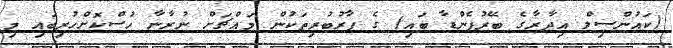
(ކައުންސިލް އިދާރާގެ ބޭރުފެންޑާ ބައި) ގެ ފާރުބުރިތަކުން މައްޗަށް ނުރާނާ ހުސްކޮށްހުރިބައި މި